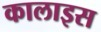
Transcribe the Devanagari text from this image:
कालाइस